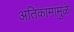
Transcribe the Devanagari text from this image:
अतिकामांमुळे